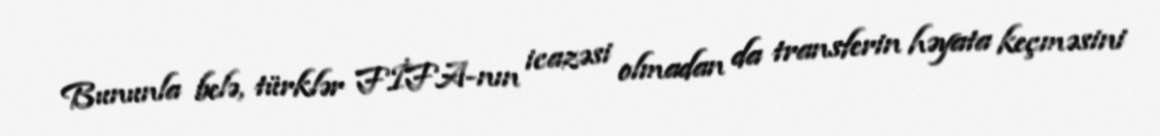
Bununla belə, türklər FİFA-nın icazəsi olmadan da transferin həyata keçməsini